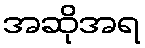
အဆိုအရ